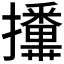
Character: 𭣏